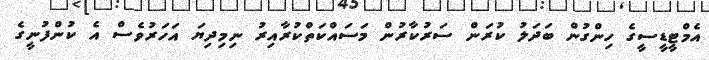
އެމްޓީޑީސީގެ ހިންގުން ބަދަލު ކުރަން ސަރުކާރުން މަސައްކަތްކުރާއިރު ނިމިދިޔަ އަހަރުވެސް އެ ކުންފުނީގެ